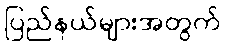
ပြည်နယ်များအတွက်